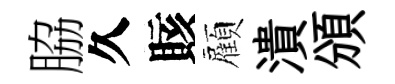
脇久賅顏潰頒